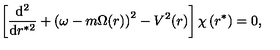
\left[ \frac { \mathrm { d } ^ { 2 } } { \mathrm { d } r ^ { * 2 } } + \left( \omega - m \Omega ( r ) \right) ^ { 2 } - V ^ { 2 } ( r ) \right] \chi \left( r ^ { * } \right) = 0 ,